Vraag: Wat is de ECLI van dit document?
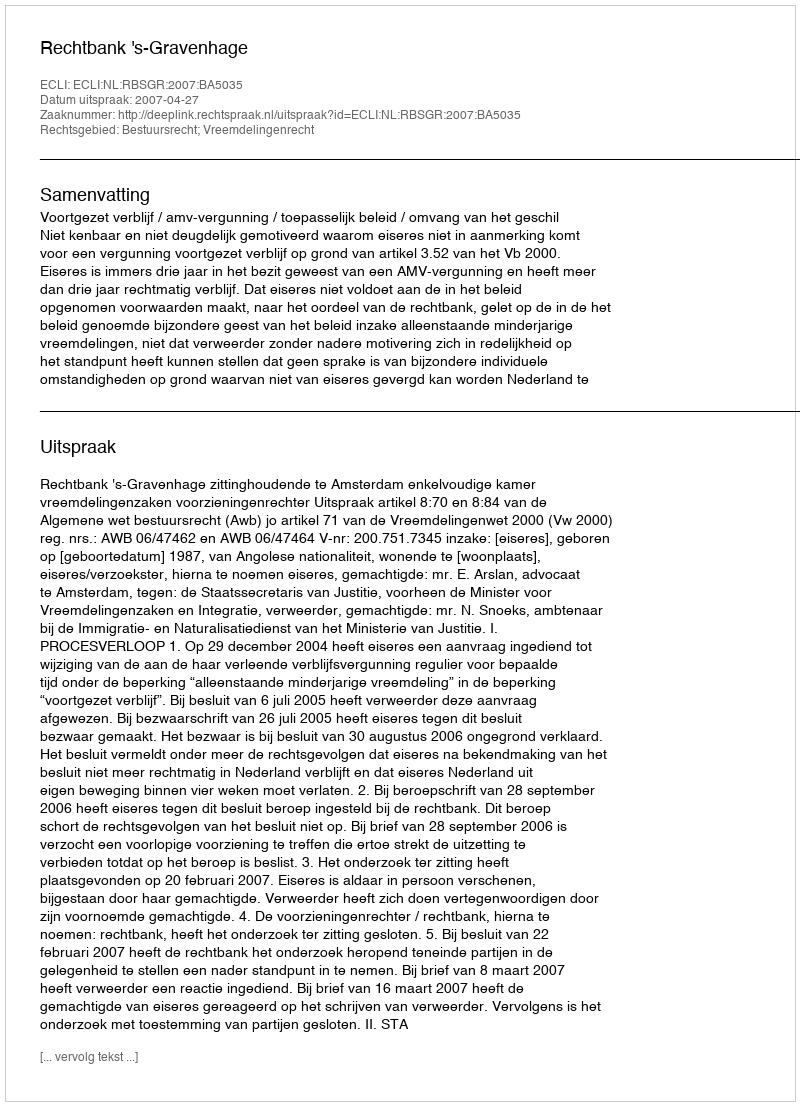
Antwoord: ECLI:NL:RBSGR:2007:BA5035